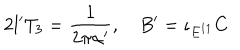
2 l ^ { \prime } T _ { 3 } = { \frac { 1 } { 2 \pi \alpha ^ { \prime } } } , \quad B ^ { \prime } = \iota _ { E ^ { 1 1 } } C